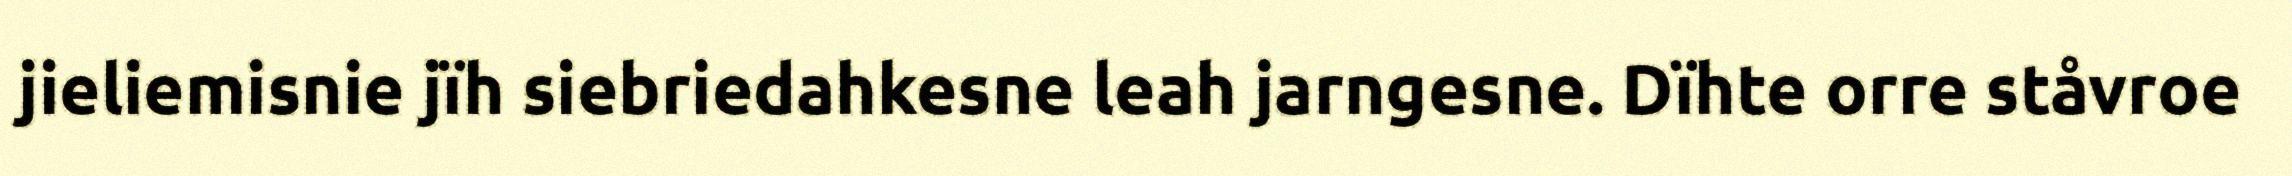
jieliemisnie jïh siebriedahkesne leah jarngesne. Dïhte orre ståvroe